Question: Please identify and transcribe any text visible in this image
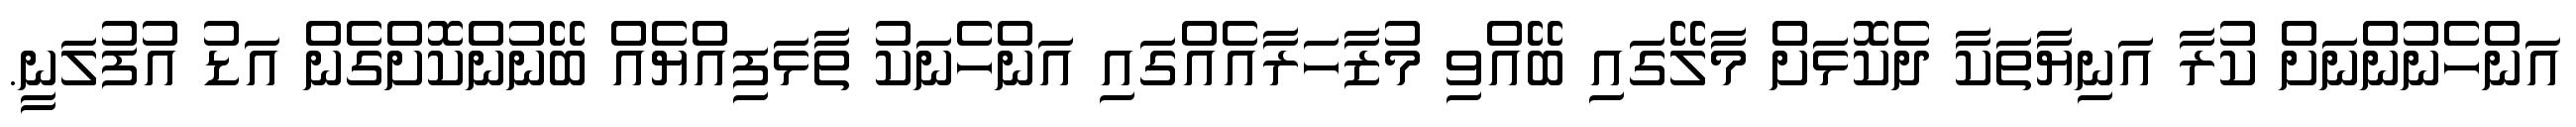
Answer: އަންހެނުންނަށް ކުރާ އަނިޔާތަކާ ދެކޮޅަށް މާލޭގައި ބޭއްވި މުޒާހަރާއެއްގައި އަންހެނަކު ތާޅަފިއްޔެއް ބޭނުންކޮށްގެން އަޑު އުފުލަނީ.